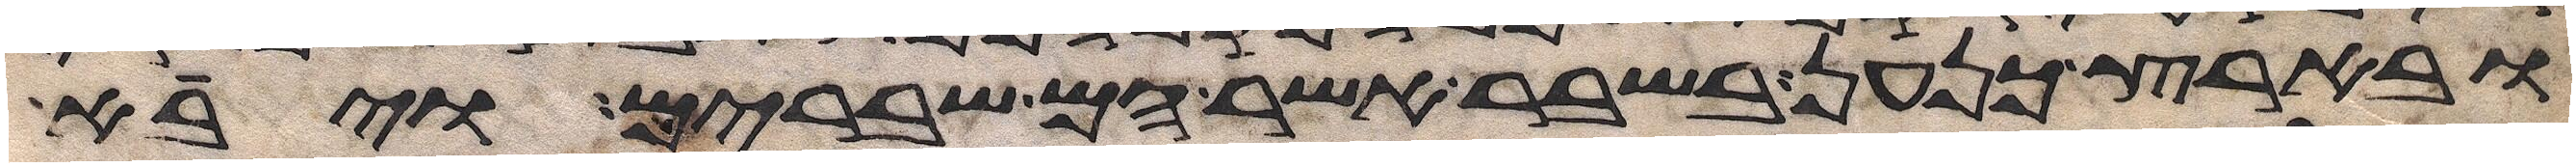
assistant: ובארץ כנען בשבר אשר הם שברים ויבא